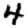
Digit: 4